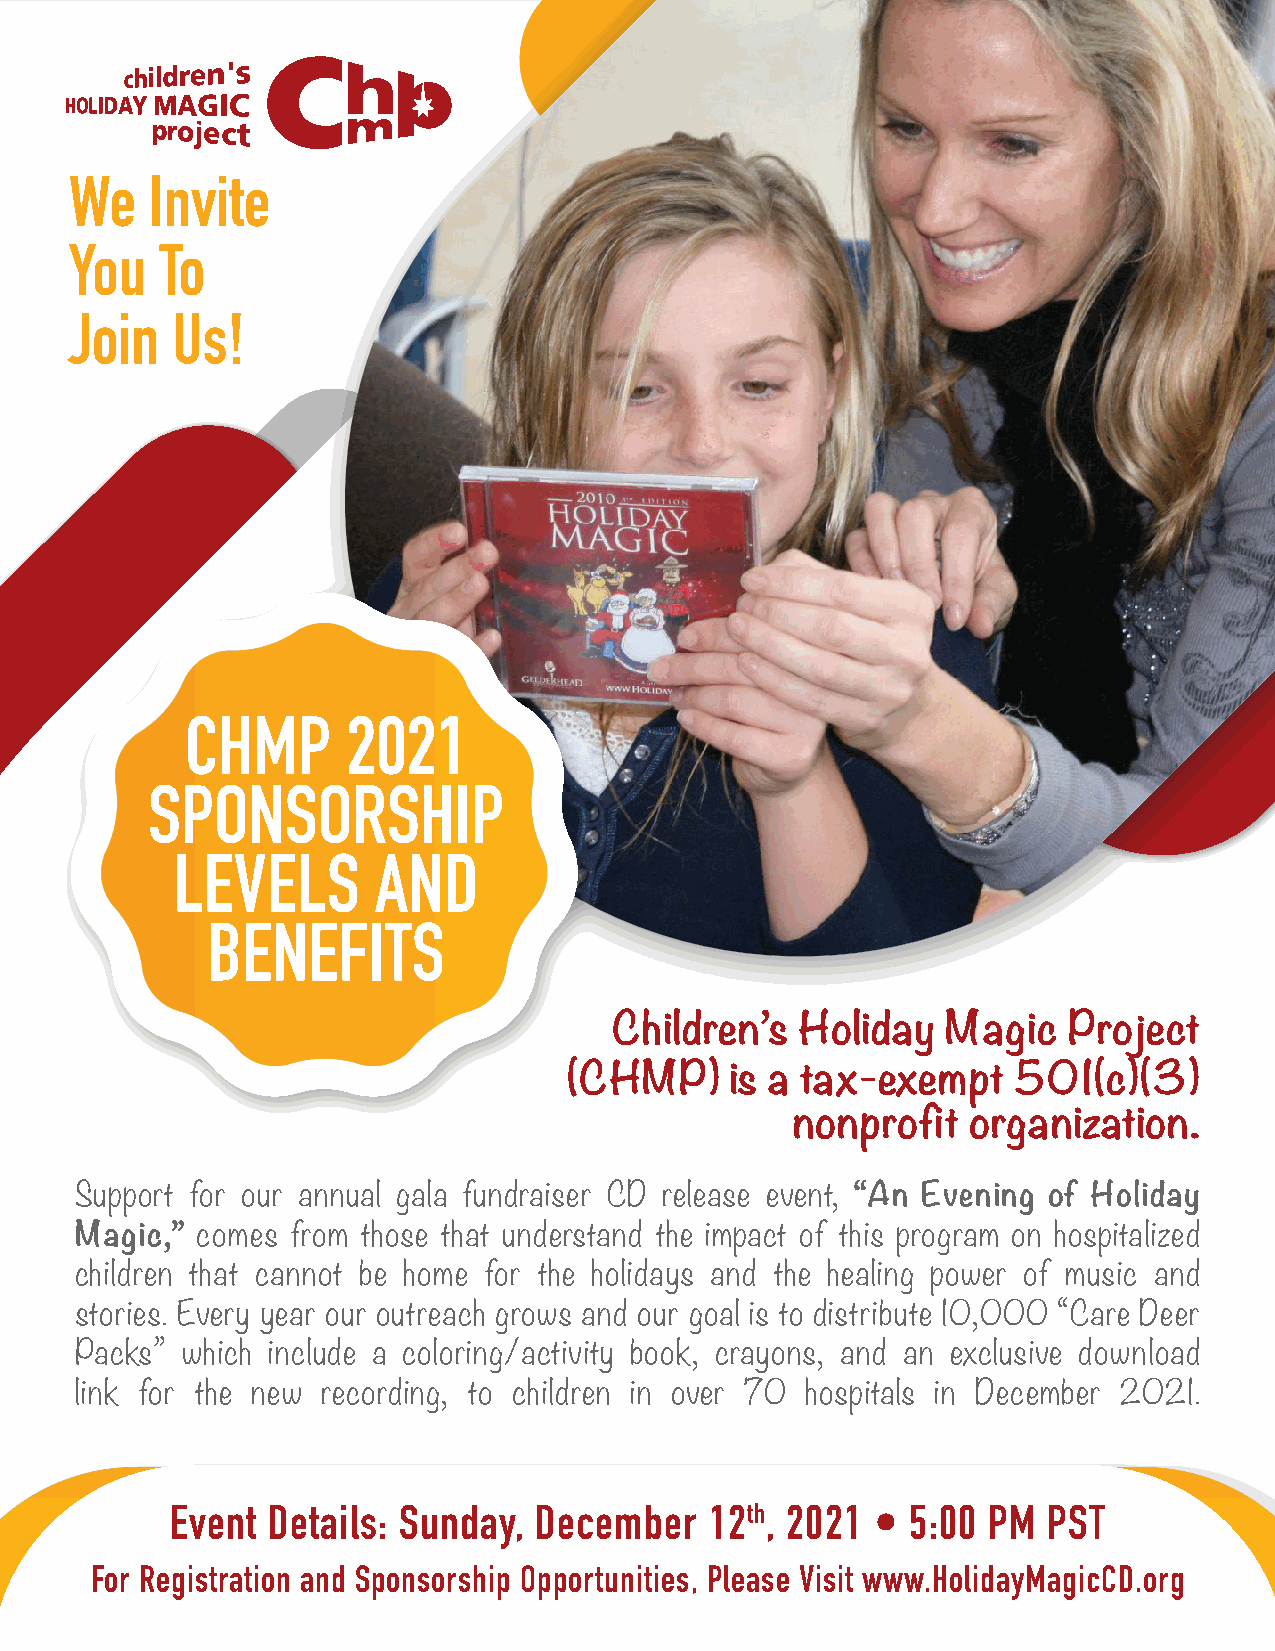
We   Invite
 You   To
 Join  Us!
 CHMP       2021
 SPONSORSHIP
 LEVELS        AND
 BENEFITS
 Children’s  Holiday   Magic   Project
 (CHMP)    is a tax-exempt    501(c)(3)
 nonprofit  organization.
 Support for our annual gala fundraiser CD release event, “An Evening of Holiday
 Magic,” comes from those that understand the impact of this program on hospitalized
 children that cannot be home for the holidays and the healing power of music and
 stories. Every year our outreach grows and our goal is to distribute 10,000 “Care Deer
 Packs” which include a coloring/activity book, crayons, and an exclusive download
 link for the new recording, to children in over 70 hospitals in December 2021.
 Event  Details: Sunday, December    12th, 2021 • 5:00 PM  PST
 For Registration and Sponsorship Opportunities, Please Visit www.HolidayMagicCD.org